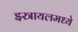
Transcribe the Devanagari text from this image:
इस्त्रायलमध्ये